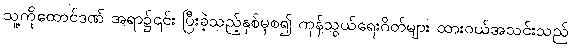
သူ့ကိုထောင်ဒဏ် အရာ၌၎င်း ပြီးခဲ့သည့်နှစ်မှစ၍ ကုန်သွယ်ရေးဂိတ်များ ထားဝယ်အသင်းသည်